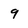
Character: 9